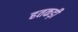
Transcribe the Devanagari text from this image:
हतकड़ी